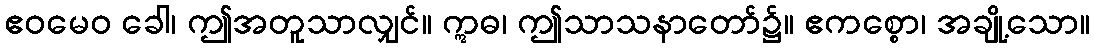
ဧဝမေဝ ခေါ၊ ဤအတူသာလျှင်။ ဣဓ၊ ဤသာသနာတော်၌။ ဧကစ္စော၊ အချို့သော။